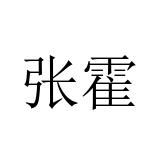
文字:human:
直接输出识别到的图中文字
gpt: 张霍